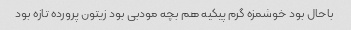
باحال بود خوشمزه گرم پیکیه هم بچه مودبی بود زیتون پرورده تازه بود